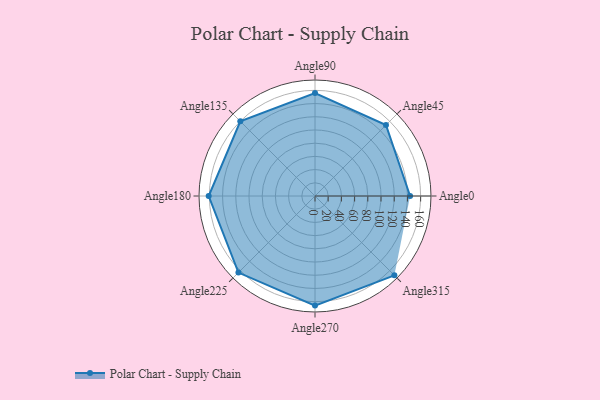
{"axis": {"x": "Angle", "y": "Radius"}, "legend": [""], "data": [{"x": "Angle0", "y": 144.0, "type": ""}, {"x": "Angle45", "y": 152.0, "type": ""}, {"x": "Angle90", "y": 156.0, "type": ""}, {"x": "Angle135", "y": 160.0, "type": ""}, {"x": "Angle180", "y": 161.0, "type": ""}, {"x": "Angle225", "y": 164.0, "type": ""}, {"x": "Angle270", "y": 166.0, "type": ""}, {"x": "Angle315", "y": 170, "type": ""}]}